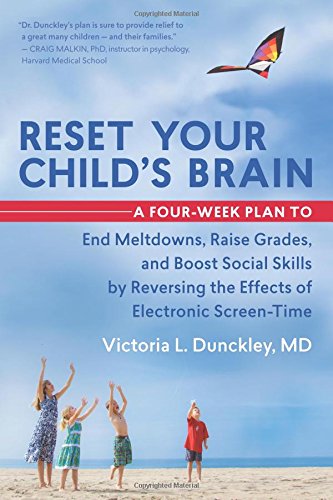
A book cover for Reset Your Child's Brain: A Four-Week Plan to End Meltdowns, Raise Grades, and Boost Social Skills by Reversing the Effects of Electronic Screen-Time; Victoria L. Dunckley MD; Parenting & Relationships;